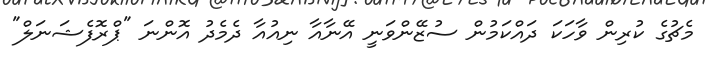
މެޗުގެ ކުރިން ވާހަކަ ދައްކަމުން ސުޒޭންވަނީ އޭނާއާ ނިއުއާ ދެމެދު އޮންނަ "ޕްރޮފެޝަނަލް"